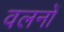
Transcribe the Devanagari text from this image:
वलनों